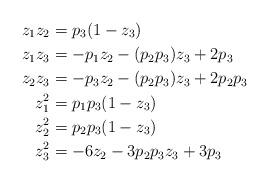
LaTeX: \begin{align*} z_1 z_2 &= p_3(1- z_3) \\ z_1 z_3 &= -p_1 z_2 - (p_2 p_3)z_3 + 2 p_3 \\ z_2 z_3 &= -p_3 z_2 - (p_2 p_3)z_3 + 2 p_2 p_3 \\ z_1^2 &= p_1 p_3(1-z_3) \\ z_2^2 &= p_2 p_3 (1-z_3) \\ z_3^2 &= -6z_2 - 3p_2p_3 z_3 + 3p_3 \end{align*}